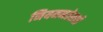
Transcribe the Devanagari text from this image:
नियमनतेसाठी